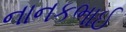
નાનકભાઈ